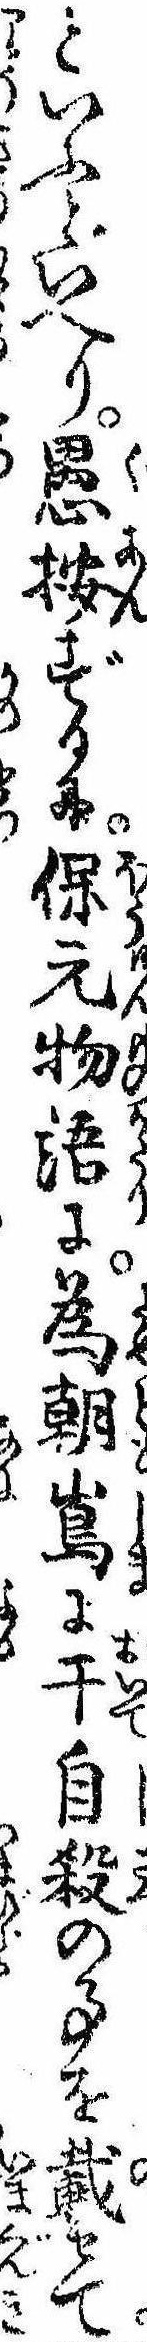
といふといへり愚按ずるに保元物語に為朝島に于自殺の事を載せて